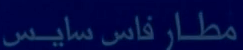
مطار فاس سايس